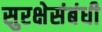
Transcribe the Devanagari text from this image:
सुरक्षेसंबंधी